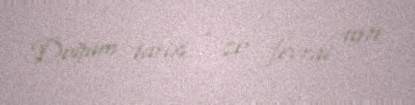
Doğum tarixi - 20 fevral 1971